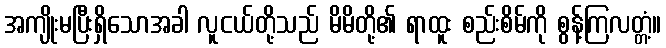
အကျိုးမပြီးရှိသောအခါ လူငယ်တို့သည် မိမိတို့၏ ရာထူး စည်းစိမ်ကို စွန့်ကြလတ္တံ့။